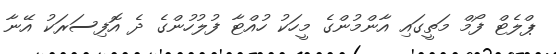
ޕްލެޓް ފޯމް މަތީގައި އާންމުންގެ މީހަކު ހުއްޓާ ފުލުހުންގެ ދެ އޮފިސަރަކު އޭނާ